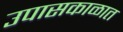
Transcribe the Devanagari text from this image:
उपासकाळात